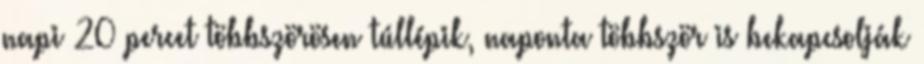
napi 20 percet többszörösen túllépik, naponta többször is bekapcsolják